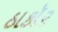
ઠાકૉર